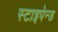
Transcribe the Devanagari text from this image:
स्टाइपेन्ड